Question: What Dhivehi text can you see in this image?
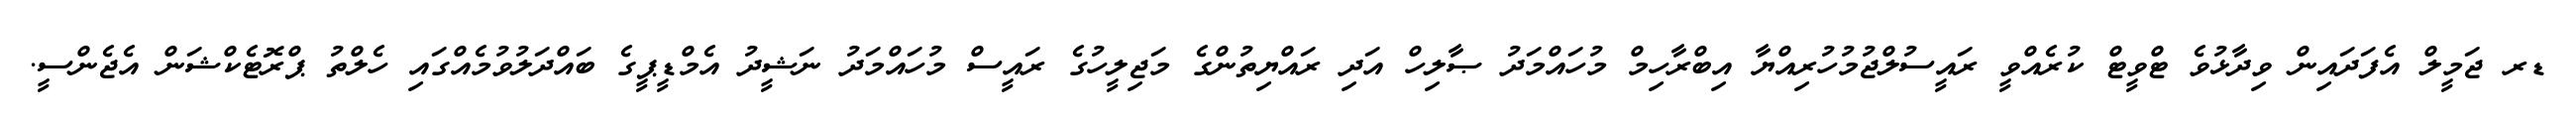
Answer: ޑރ ޖަމީލް އެފަދައިން ވިދާޅުވެ ޓްވީޓް ކުރެއްވީ ރައީސުލްޖުމުހުރިއްޔާ އިބްރާހިމް މުހައްމަދު ޞާލިހް އަދި ރައްޔިތުންގެ މަޖިލީހުގެ ރައީސް މުހައްމަދު ނަޝީދު އެމްޑީޕީގެ ބައްދަލުވުމެއްގައި ހެލްތު ޕްރޮޓެކްޝަން އެޖެންސީ.